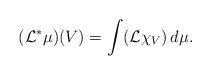
LaTeX: \begin{align*} ({\mathcal L} ^* \mu)(V) = \int ({\mathcal L} \chi_V) \, d \mu.\end{align*}